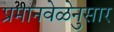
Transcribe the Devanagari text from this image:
प्रमानवेळेनुसार